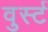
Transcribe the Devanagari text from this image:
वुर्स्ट